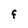
Character: F